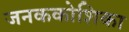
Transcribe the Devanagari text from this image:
जनककोशिका